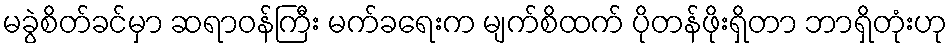
မခွဲစိတ်ခင်မှာ ဆရာဝန်ကြီး မက်ခရေးက မျက်စိထက် ပိုတန်ဖိုးရှိတာ ဘာရှိတုံးဟု